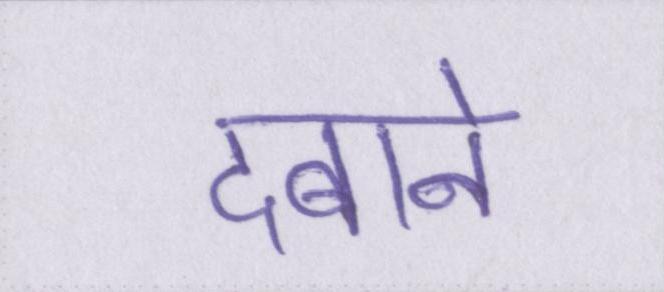
दबाने